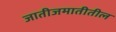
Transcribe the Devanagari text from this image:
जातीजमातीतील